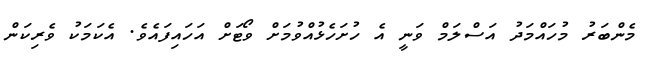
މެންބަރު މުހައްމަދު އަސްލަމް ވަނީ އެ ހުށަހެޅުއްވުމަށް ވޯޓަށް އަހައިފައެވެ. އެކަމަކު ވެރިކަން